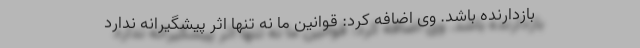
بازدارنده باشد. وی اضافه کرد: قوانین ما نه تنها اثر پیشگیرانه ندارد